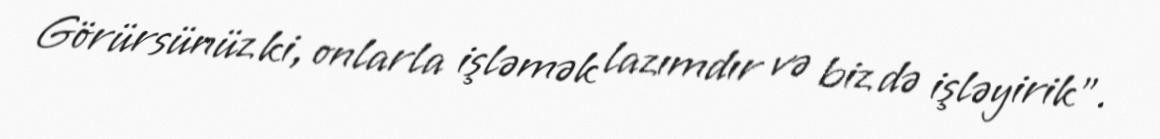
Görürsünüz ki, onlarla işləmək lazımdır və biz də işləyirik”.